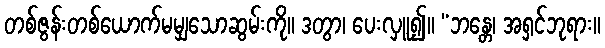
တစ်ဇွန်းတစ်ယောက်မမျှသောဆွမ်းကို။ ဒတွာ၊ ပေးလှူ၍။ “ဘန္တေ၊ အရှင်ဘုရား။